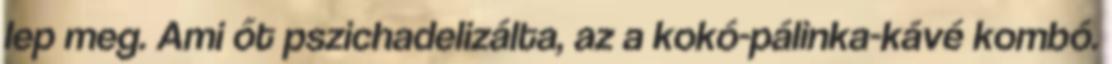
lep meg. Ami őt pszichadelizálta, az a kokó-pálinka-kávé kombó.